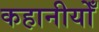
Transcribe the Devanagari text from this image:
कहानीयोँ